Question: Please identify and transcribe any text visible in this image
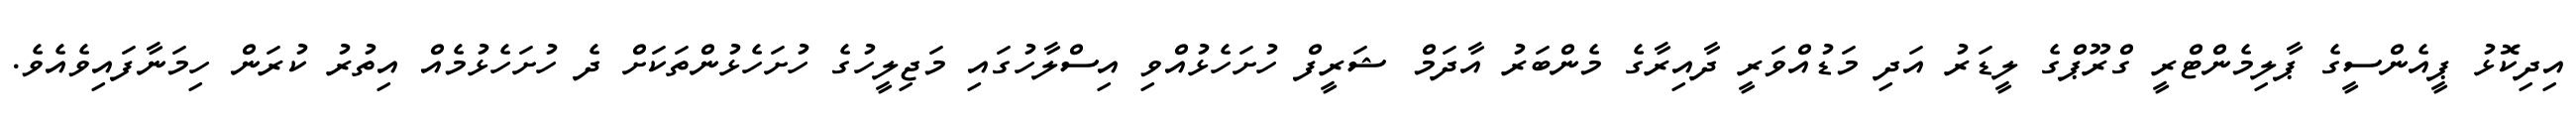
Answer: އިދިކޮޅު ޕީއެންސީގެ ޕާލިމެންޓްރީ ގްރޫޕްގެ ލީޑަރު އަދި މަޑުއްވަރީ ދާއިރާގެ މެންބަރު އާދަމް ޝަރީފް ހުށަހެޅުއްވި އިސްލާހުގައި މަޖިލީހުގެ ހުށަހެޅުންތަކަށް ދެ ހުށަހެޅުމެއް އިތުރު ކުރަން ހިމަނާފައިވެއެވެ.